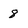
Character: 8